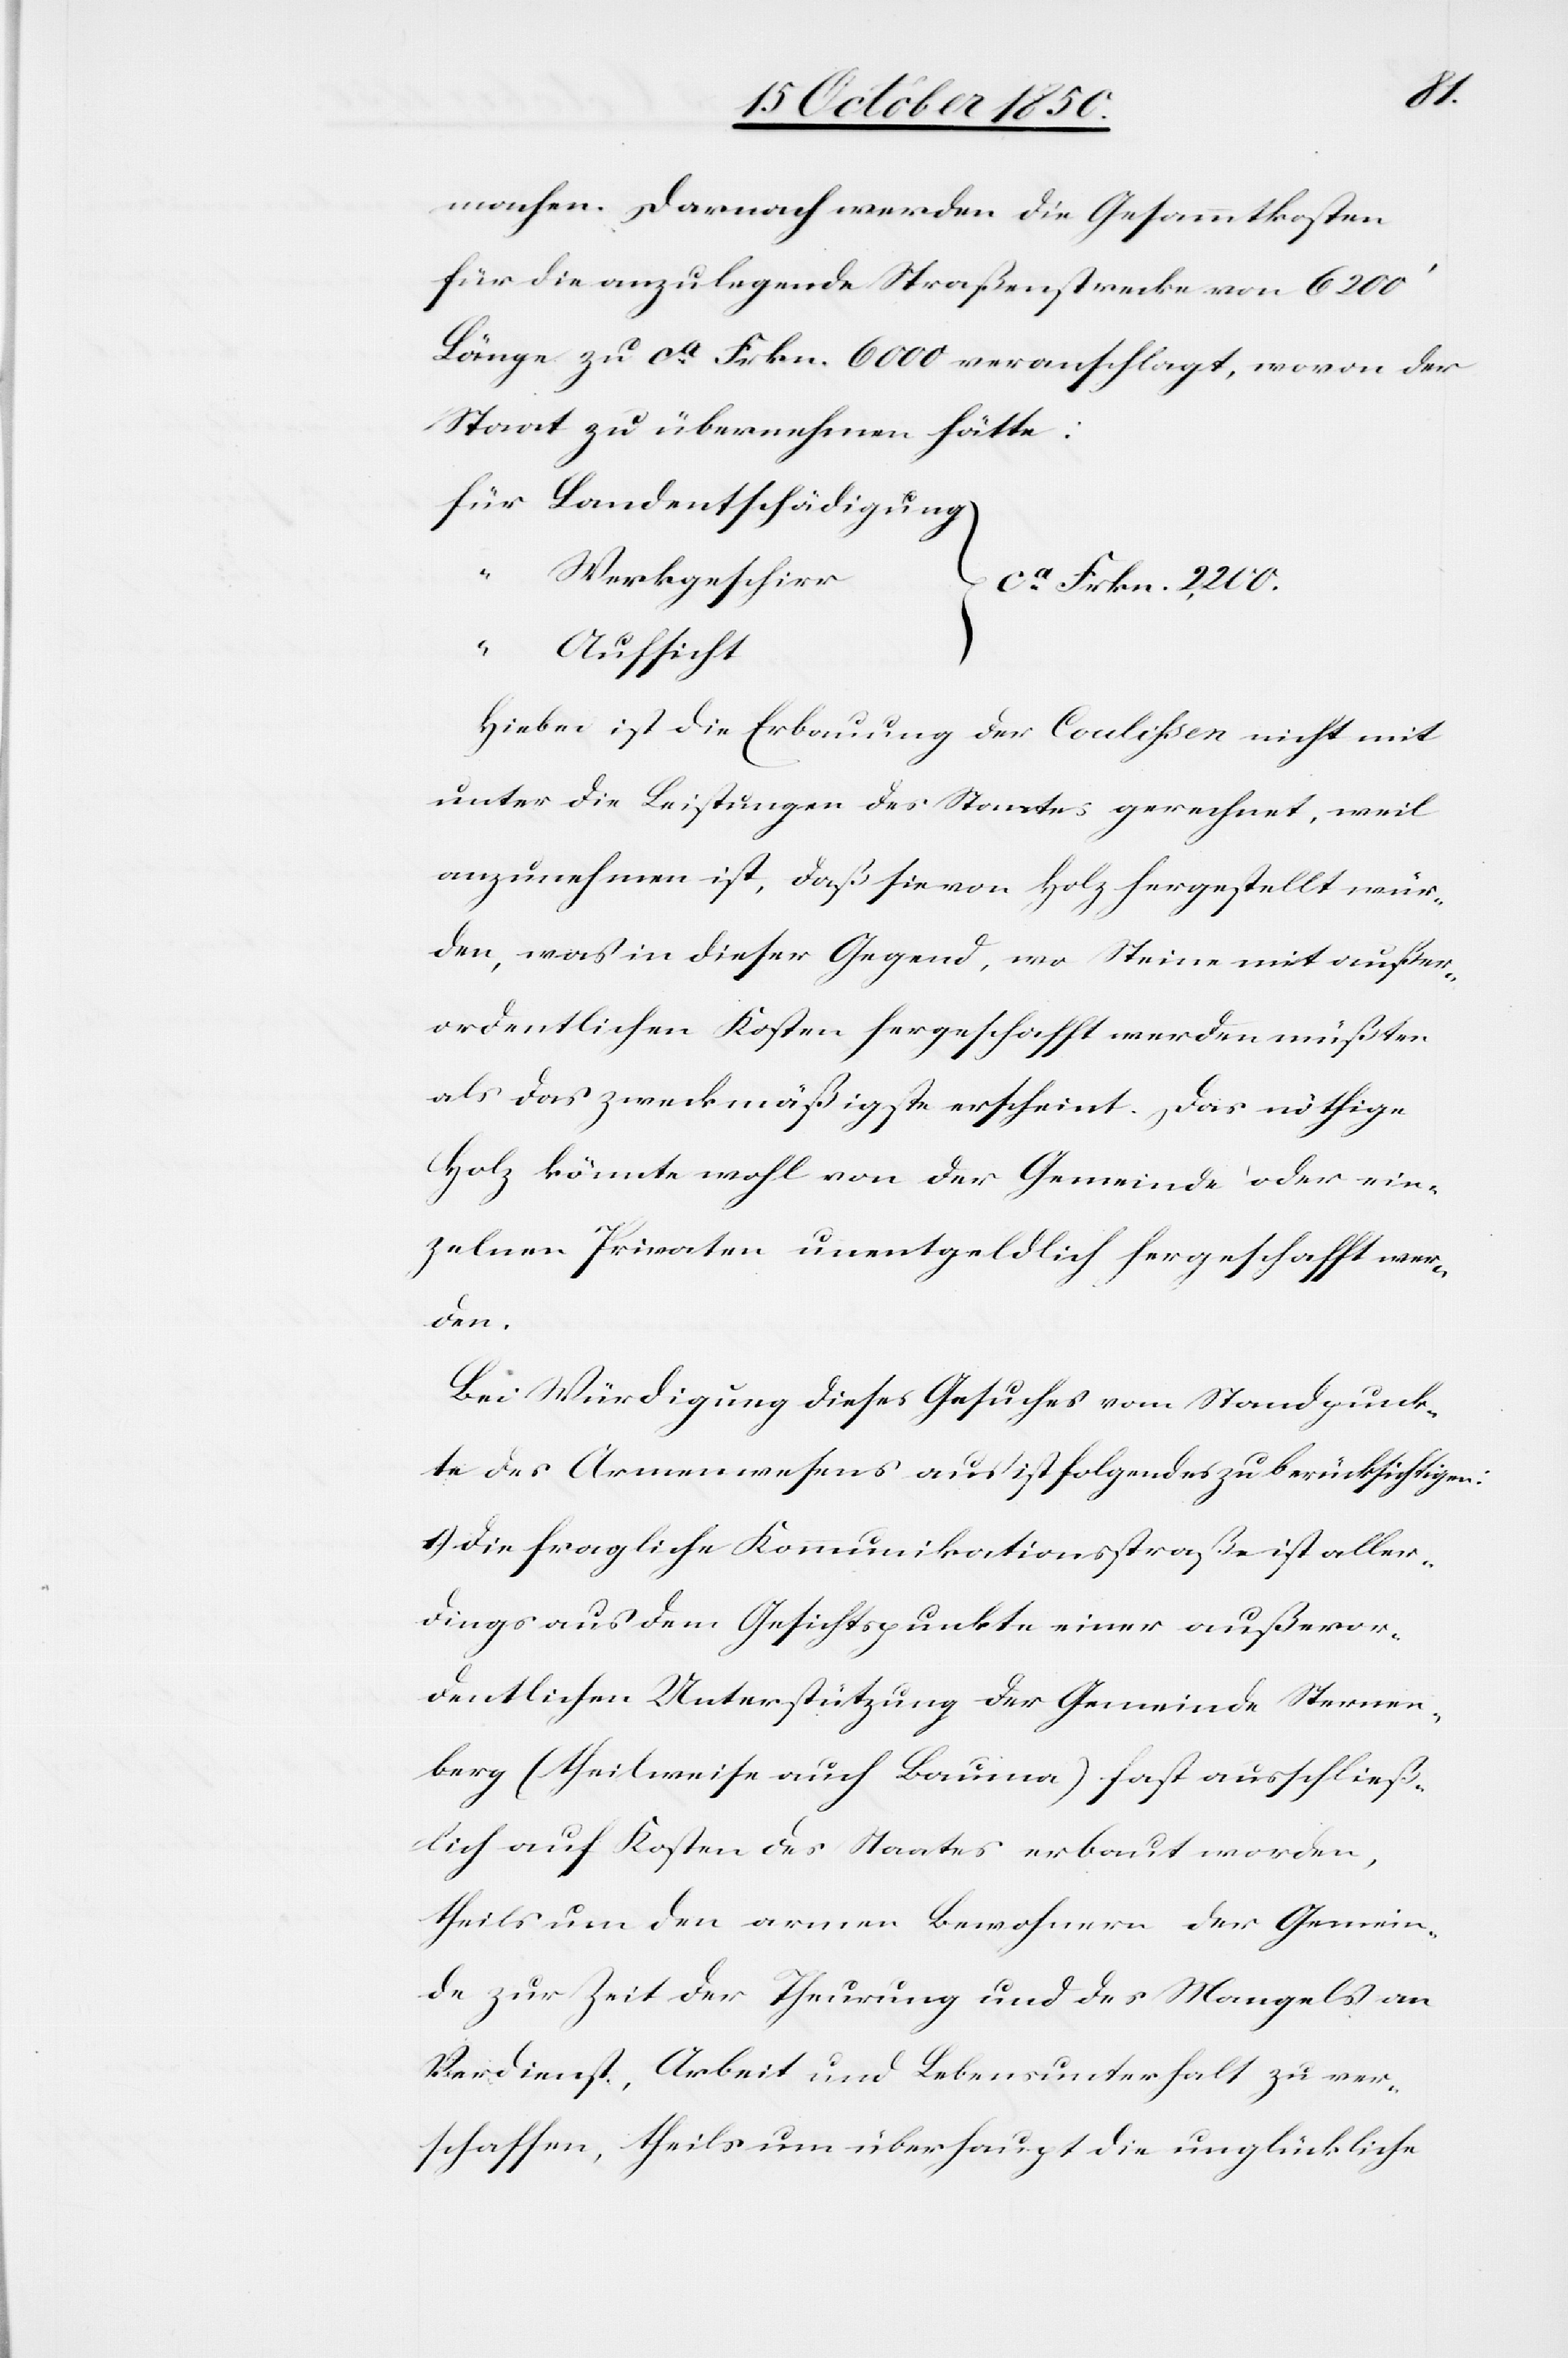
machen. Darnach werden die Gesammtkosten
für die anzulegende Straßenstrecke von 6200‘
Länge zu ca Frkn. 6000 veranschlagt, wovon der
Staat zu übernehmen hätte:
für	Landentschädigung
“	Werkgeschirr
ca Frkn. 2,200.
Hiebei ist die Erbauung der Coulissen nicht mit
unter die Leistungen des Staates gerechnet, weil
anzunehmen ist, daß sie von Holz hergestellt wür¬
den, was in dieser Gegend, wo Steine mit außer¬
ordentlichen Kosten hergeschafft werden müßten
als das zweckmäßigste erscheint. Das nöthige
Holz könnte wohl von der Gemeinde oder ein¬
zelnen Privaten unentgeldlich hergeschafft wer¬
den.
Bei Würdigung dieses Gesuches vom Standpunk¬
te des Armenwesens aus ist folgendes zu berücksichtigen:
1.) Die fragliche Kommunikationsstraße ist aller¬
dings aus dem Gesichtspunkte einer außeror¬
dentlichen Unterstützung der Gemeinde Sternen¬
berg (theilweise auch Bauma) fast ausschließ¬
lich auf Kosten des Staates erbaut worden,
theils um den armen Bewohnern der Gemein¬
de zur Zeit der Theurung und des Mangels an
Verdienst, Arbeit und Lebensunterhalt zu ver¬
schaffen, theils um überhaupt die unglückliche